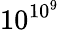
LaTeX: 10^{10^{9}}